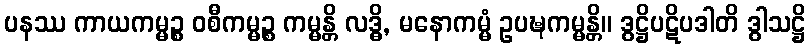
ပနဿ ကာယကမ္မဉ္စ ဝစီကမ္မဉ္စ ကမ္မန္တိ လဒ္ဓိ, မနောကမ္မံ ဥပဍ္ဎကမ္မန္တိ။ ဒွဋ္ဌိပဋိပဒါတိ ဒွါသဋ္ဌိ